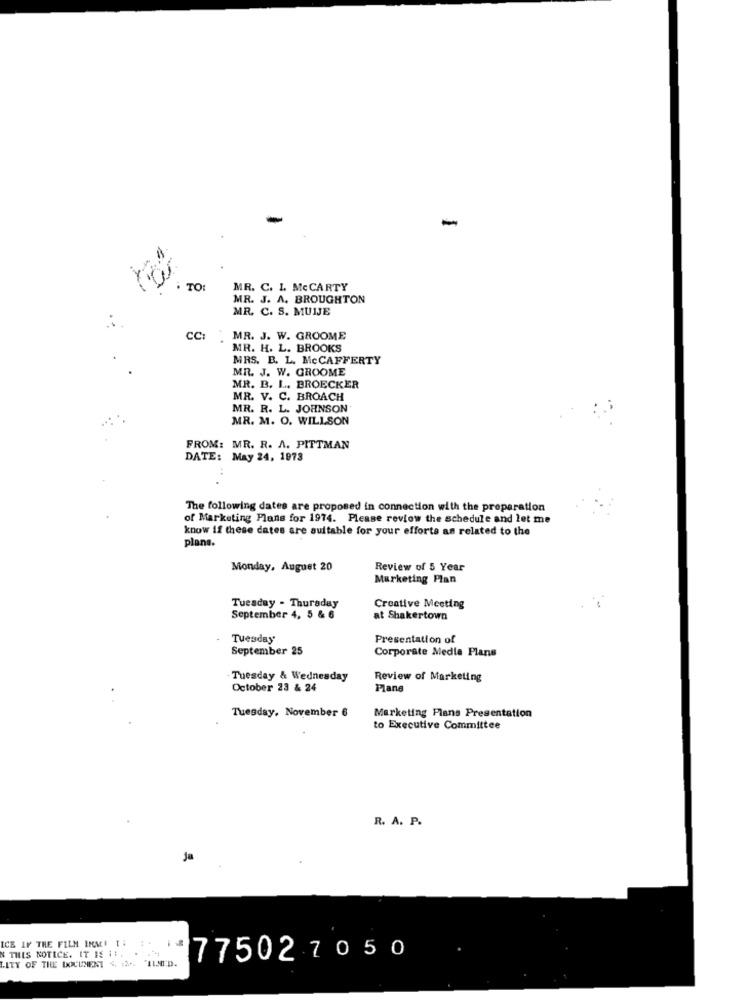
TO:
MR. C. L. MCCARTY
MR. J. A. BROUGHTON
MR. C. S. MUIJE
CC:
MR. J. W. GROOME
MR. H. L. BROOKS
MRS. B. L. MCCAFFERTY
MR. J. W. GROOME
MR. B. L ., BROECKER
MR. V. C. BROACH
MR. R. L. JOHNSON
MR. M. O. WILLSON
FROM: MR. R. A. PITTMAN
DATE: May 24, 1973
The following dates are proposed in connection with the proparation
of Marketing Plans for 1974. Please review the schedule and let me
know if these dates are suitable for your efforts as related to the
plans.
Monday, August 20
Review of 5 Year
Marketing Plan
Tuesday - Thursday
Creative Meeting
September 4, 5 & 6
at Shakertown
Tuesday
Presentation of
September 25
Corporate Media Plans
Tuesday & Wednesday
Review of Marketing
October 23 & 24
Plane
Tuesday, November 6
Marketing Plans Presentation
to Executive Committee
R. A. P.
ja
ICE IF THE FILM IMM! 1:
N THIS NOTICE. IT IS 1 :. . .
LITY OF THE ICICLENENT 4, 2 .. ILSOD.
77502 7050